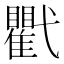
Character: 𢎖